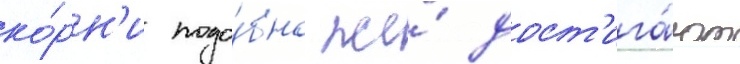
ко́рн'и подо́бно же́ дост'ига́ют